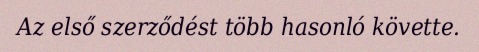
Az első szerződést több hasonló követte.